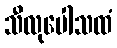
သီလုပေါသထံ